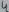
Text: 4